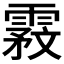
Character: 𬰇